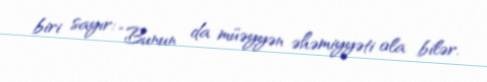
biri sayır: “Bunun da müəyyən əhəmiyyəti ola bilər.